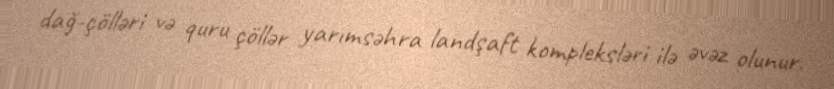
dağ-çölləri və quru çöllər yarımsəhra landşaft kompleksləri ilə əvəz olunur.